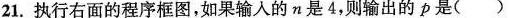
21.执行右面的程序框图，如果输入的n是4，则输出的p是()